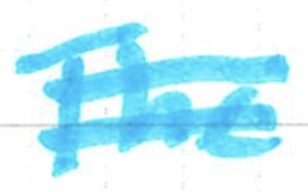
Text: The
Cross-out: double-line
Writing tool: marker